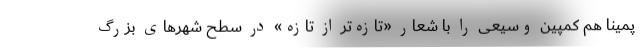
پمینا هم کمپین وسیعی را با شعار «تازه‌تر از تازه» در سطح شهرهای بزرگ